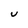
Character: U